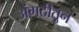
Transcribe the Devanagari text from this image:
अंगठीतुन